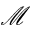
\mathcal { M }